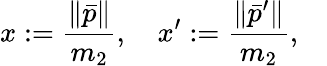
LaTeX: x:=\frac{\| \bar{p}\| }{m_{2}},\quad x^{\prime}:=\frac{\| \bar{p}^{\prime}\| }{m_{2}},\quad